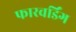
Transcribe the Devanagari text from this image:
फारवर्डिंग